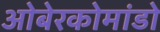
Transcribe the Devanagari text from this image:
ओबेरकोमांडो